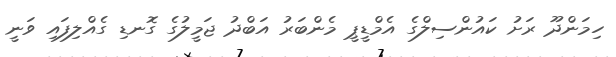
ހިމަންދޫ ރަށު ކައުންސިލްގެ އެމްޑީޕީ މެންބަރު އަބްދު ޖަމީލުގެ ގޮނޑި ގެއްލިފައި ވަނީ